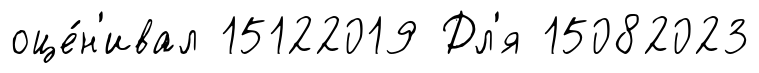
оце́н'ивал 15122019 Дл'я 15082023